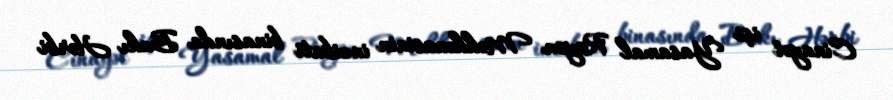
Cinayət işi Yasamal Rayon Məhkəməsinin inzibati binasında Bakı Hərbi